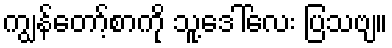
ကျွန်တော့်စာကို သူ့ဒေါ်လေး ပြသဗျ။